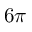
6 \pi